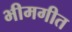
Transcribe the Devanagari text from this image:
भीमगीत